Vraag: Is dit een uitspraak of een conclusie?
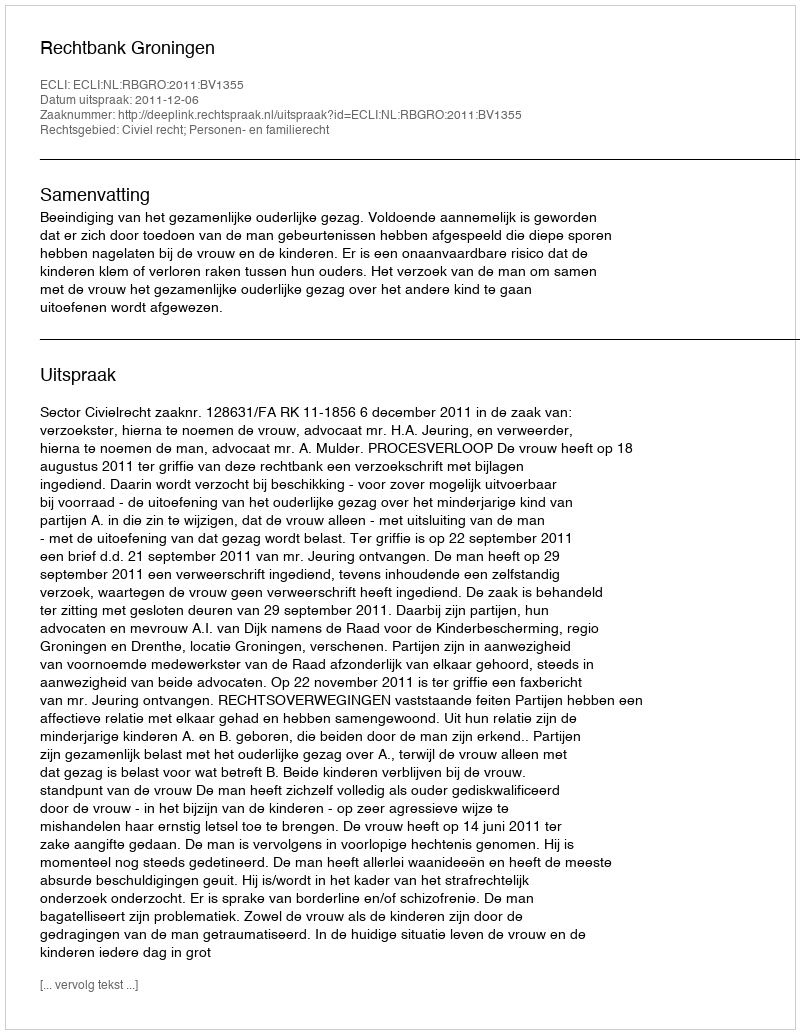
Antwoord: Uitspraak